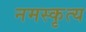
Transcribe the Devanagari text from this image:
नमस्कृत्य